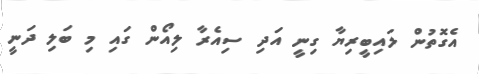
އެގޮތުން ލައިބީރިޔާ ގިނީ އަދި ސިއެރާ ލިއޯން ގައި މި ބަލި ދަނީ